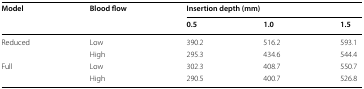
<table><thead><tr><td rowspan="2"><b>Model</b></td><td rowspan="2"><b>Blood flow</b></td><td colspan="3"><b>Insertion depth (mm)</b></td></tr><tr><td><b>0.5</b></td><td><b>1.0</b></td><td><b>1.5</b></td></tr></thead><tbody><tr><td rowspan="2">Reduced</td><td>Low</td><td>390.2</td><td>516.2</td><td>593.1</td></tr><tr><td>High</td><td>295.3</td><td>434.6</td><td>544.4</td></tr><tr><td rowspan="2">Full</td><td>Low</td><td>302.3</td><td>408.7</td><td>550.7</td></tr><tr><td>High</td><td>290.5</td><td>400.7</td><td>526.8</td></tr></tbody></table>